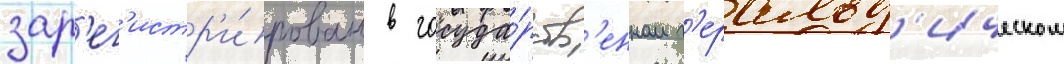
зар'ег'истр'и́рован в госуда́рств'енном г'еральд'ическом